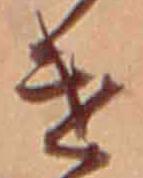
け